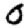
Digit: 0